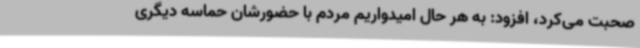
صحبت می‌کرد، افزود: به هر حال امیدواریم مردم با حضورشان حماسه دیگری